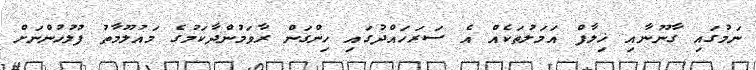
ނަމުގައި ގާނޫނާއި ޚިލާފް އަމަލުތަކެއް އެ ސަރަހައްދުގައި ހިންގަން ރާވަމުންދާކަމުގެ މައުލޫމާތު ފުލުހުންނަށް